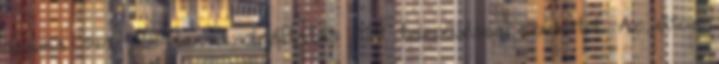
száma 141, az áramszolgáltatás 129 településen szünetel. Az úton